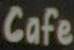
Cafe